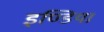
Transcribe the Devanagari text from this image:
इण्‍डिया